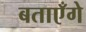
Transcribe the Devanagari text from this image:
बताएँगे